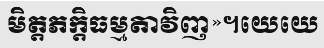
មិត្តភក្តិធម្មតាវិញ»។យេយេ